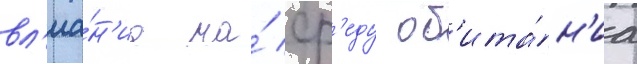
вл'иа́н'иа на́ ср'еду об'ита́н'иа